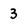
Character: 3